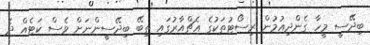
ބިދޭސީ މީހާ ގެންދިއުމުން ރިސޯޓުތަކުގެ އެޗްއާރުގައި ތިބޭ ބިދޭސީންނަށް ވެސް ކަޓެއް ދެ